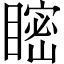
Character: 𥉴